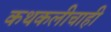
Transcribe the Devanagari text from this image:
कथकलीचाही